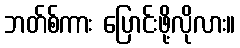
ဘတ်စ်ကား ပြောင်းဖို့လိုလား။